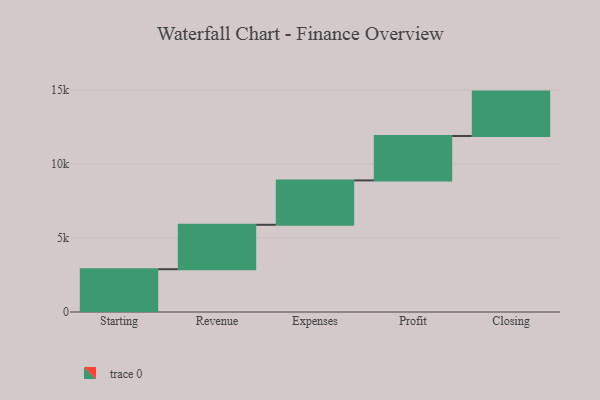
{"axis": {"x": "Step", "y": "Value"}, "legend": [""], "data": [{"x": "Starting", "y": 2892.0, "type": ""}, {"x": "Revenue", "y": 3000, "type": ""}, {"x": "Expenses", "y": 3000, "type": ""}, {"x": "Profit", "y": 3000, "type": ""}, {"x": "Closing", "y": 3000, "type": ""}]}